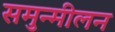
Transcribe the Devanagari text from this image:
समुन्मीलन